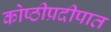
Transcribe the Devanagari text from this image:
कोष्ठीप्रदीपात